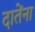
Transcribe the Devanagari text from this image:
दातेंना